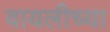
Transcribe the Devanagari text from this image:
वायलीच्या